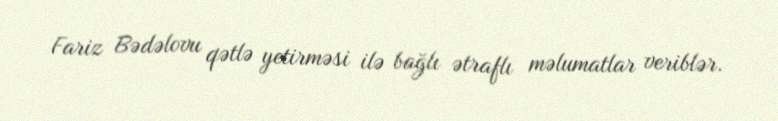
Fariz Bədəlovu qətlə yetirməsi ilə bağlı ətraflı məlumatlar veriblər.